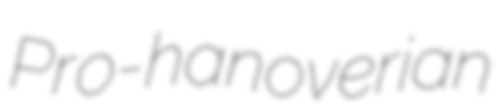
Pro-hanoverian